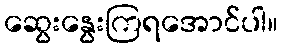
ဆွေးနွေးကြရအောင်ပါ။